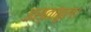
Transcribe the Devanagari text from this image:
इस्तांबुल।